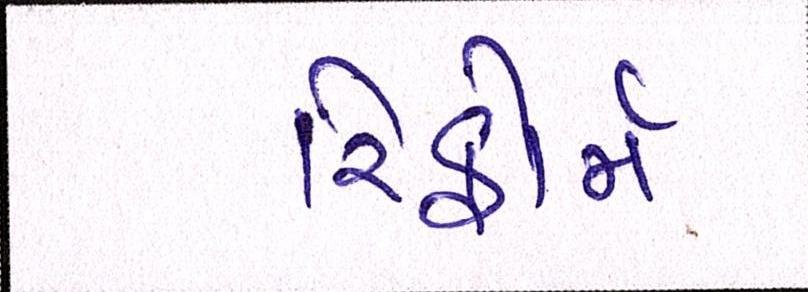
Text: રિફોર્મ